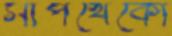
সাপখেকো